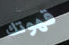
قهوتك